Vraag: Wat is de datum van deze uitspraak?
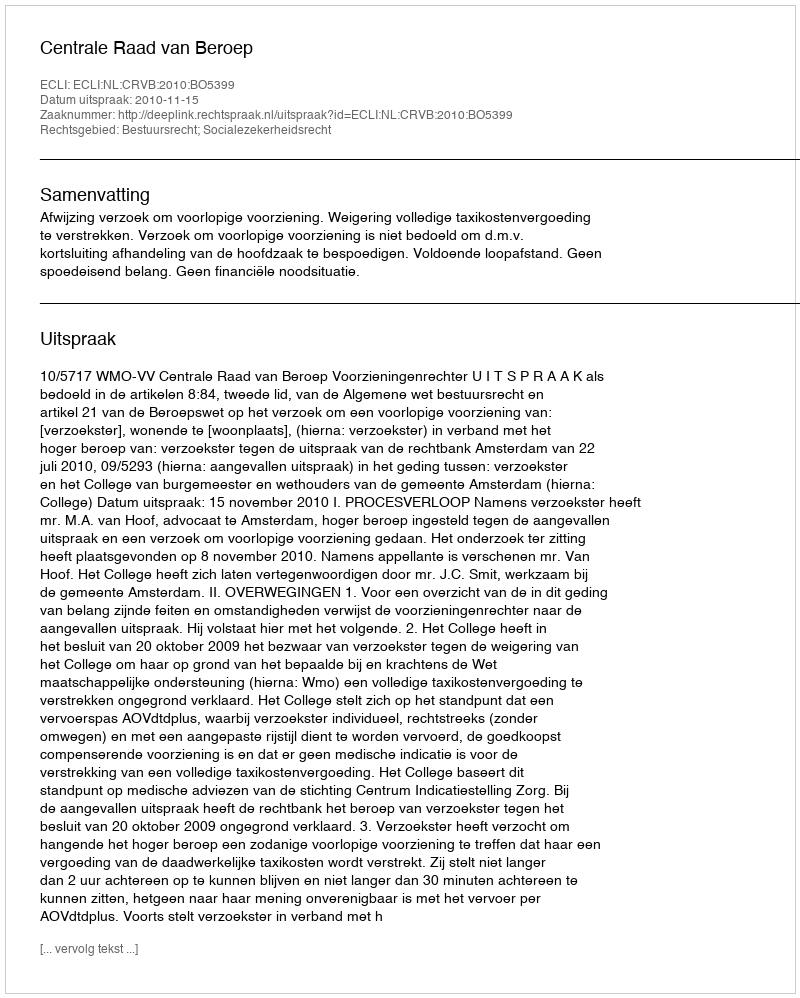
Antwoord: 2010-11-15